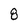
Character: 8